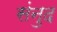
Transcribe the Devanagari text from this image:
संनुद